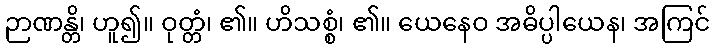
ဉာဏန္တိ၊ ဟူ၍။ ဝုတ္တံ၊ ၏။ ဟိသစ္စံ၊ ၏။ ယေနေဝ အဓိပ္ပါယေန၊ အကြင်